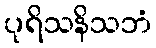
ပုရိသနိသဘံ